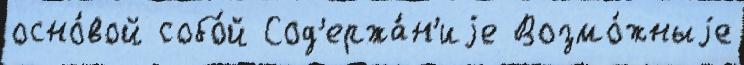
осно́вой собо́й Сод'ержа́н'иjе Возмо́жныjе